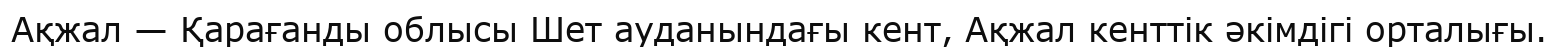
Ақжал — Қарағанды облысы Шет ауданындағы кент, Ақжал кенттік әкімдігі орталығы.